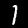
Label: 1